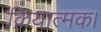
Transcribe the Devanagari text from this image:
क्रियात्मक।